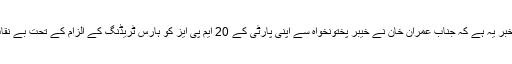
تازہ ترین خبر یہ ہے کہ جناب عمران خان نے خیبر پختونخواہ سے اپنی پارٹی کے 20 ایم پی ایز کو ہارس ٹریڈنگ کے الزام کے تحت بے نقاب کیا ہے۔